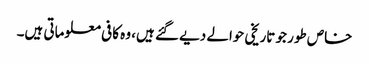
خاص طور جو تاریخی حوالے دیے گئے ہیں، وہ کافی معلوماتی ہیں۔